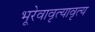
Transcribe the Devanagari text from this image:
भूरेवावृत्यावृत्य